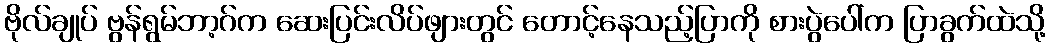
ဗိုလ်ချုပ် ဗွန်ရွမ်ဘာ့ဂ်က ဆေးပြင်းလိပ်ဖျားတွင် တောင့်နေသည့်ပြာကို စားပွဲပေါ်က ပြာခွက်ထဲသို့